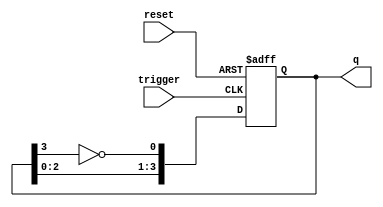
module johnson_counter (
    input wire reset,          // Active high reset
    input wire trigger,        // Trigger signal for state change
    output reg [3:0] q         // 4-bit output representing the state
);

// Asynchronous Johnson Counter
always @(posedge trigger or posedge reset) begin
    if (reset) begin
        q <= 4'b0000; // Reset state
    end else begin
        // Johnson counter logic
        q[0] <= ~q[3]; // First flip-flop gets inverted output of last flip-flop
        q[1] <= q[0];  // Second flip-flop gets output of the first
        q[2] <= q[1];  // Third flip-flop gets output of the second
        q[3] <= q[2];  // Fourth flip-flop gets output of the third
    end
end

endmodule